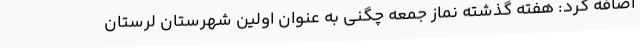
اضافه کرد: هفته گذشته نماز جمعه چگنی به عنوان اولین شهرستان لرستان